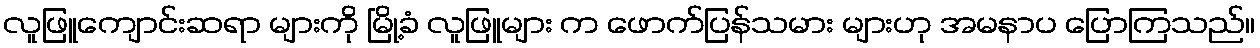
လူဖြူကျောင်းဆရာ များကို မြို့ခံ လူဖြူများ က ဖောက်ပြန်သမား များဟု အမနာပ ပြောကြသည်။